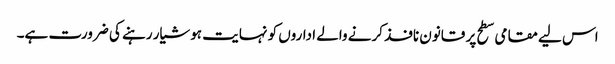
اس لیے مقامی سطح پر قانون نافذ کرنے والے اداروں کو نہایت ہوشیار رہنے کی ضرورت ہے۔